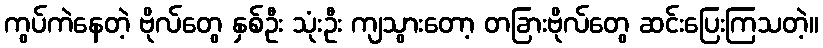
ကွပ်ကဲနေတဲ့ ဗိုလ်တွေ နှစ်ဦး သုံးဦး ကျသွားတော့ တခြားဗိုလ်တွေ ဆင်းပြေးကြသတဲ့။